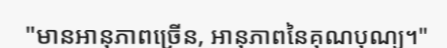
"មានអានុភាពច្រើន, អានុភាពនៃគុណបុណ្យ។"